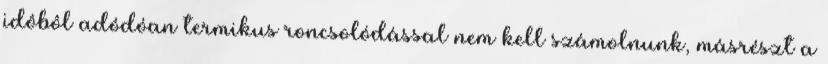
idôbôl adódóan termikus roncsolódással nem kell számolnunk, másrészt a